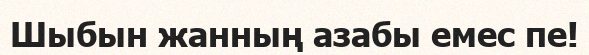
Шыбын жанның азабы емес пе!